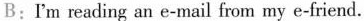
B:I'm reading an e-mail from my e-friend.